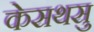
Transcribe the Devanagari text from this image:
केसथसु